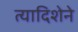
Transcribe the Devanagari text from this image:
त्यादिशेने